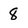
Character: 8